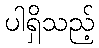
ပါရှိသည့်